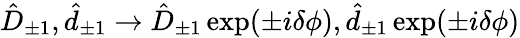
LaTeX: \hat{D}_{\pm 1},\hat{d}_{\pm 1}\rightarrow\hat{D}_{\pm 1}\exp(\pm i\delta\phi),\hat{d}_{\pm 1}\exp(\pm i\delta\phi)